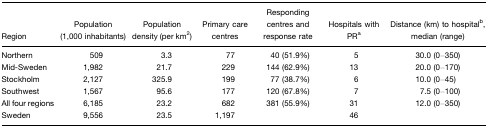
<table><thead><tr><td><b>Region</b></td><td><b>Population (1,000 inhabitants)</b></td><td><b>Population density (per km<sup>2</sup>)</b></td><td><b>Primary care centres</b></td><td><b>Responding centres and response rate</b></td><td><b>Hospitals with PRa</b></td><td><b>Distance (km) to hospitalb, median (range)</b></td></tr></thead><tbody><tr><td>Northern</td><td>509</td><td>3.3</td><td>77</td><td>40 (51.9%)</td><td>5</td><td>30.0 (0–350)</td></tr><tr><td>Mid-Sweden</td><td>1,982</td><td>21.7</td><td>229</td><td>144 (62.9%)</td><td>13</td><td>20.0 (0–170)</td></tr><tr><td>Stockholm</td><td>2,127</td><td>325.9</td><td>199</td><td>77 (38.7%)</td><td>6</td><td>10.0 (0–45)</td></tr><tr><td>Southwest</td><td>1,567</td><td>95.6</td><td>177</td><td>120 (67.8%)</td><td>7</td><td>7.5 (0–100)</td></tr><tr><td>All four regions</td><td>6,185</td><td>23.2</td><td>682</td><td>381 (55.9%)</td><td>31</td><td>12.0 (0–350)</td></tr><tr><td>Sweden</td><td>9,556</td><td>23.5</td><td>1,197</td><td></td><td>46</td><td></td></tr></tbody></table>